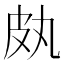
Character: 㿪